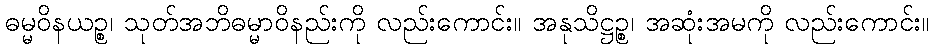
ဓမ္မဝိနယဉ္စ၊ သုတ်အဘိဓမ္မာဝိနည်းကို လည်းကောင်း။ အနုသိဋ္ဌဉ္စ၊ အဆုံးအမကို လည်းကောင်း။